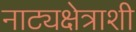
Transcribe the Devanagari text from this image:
नाट्यक्षेत्राशी